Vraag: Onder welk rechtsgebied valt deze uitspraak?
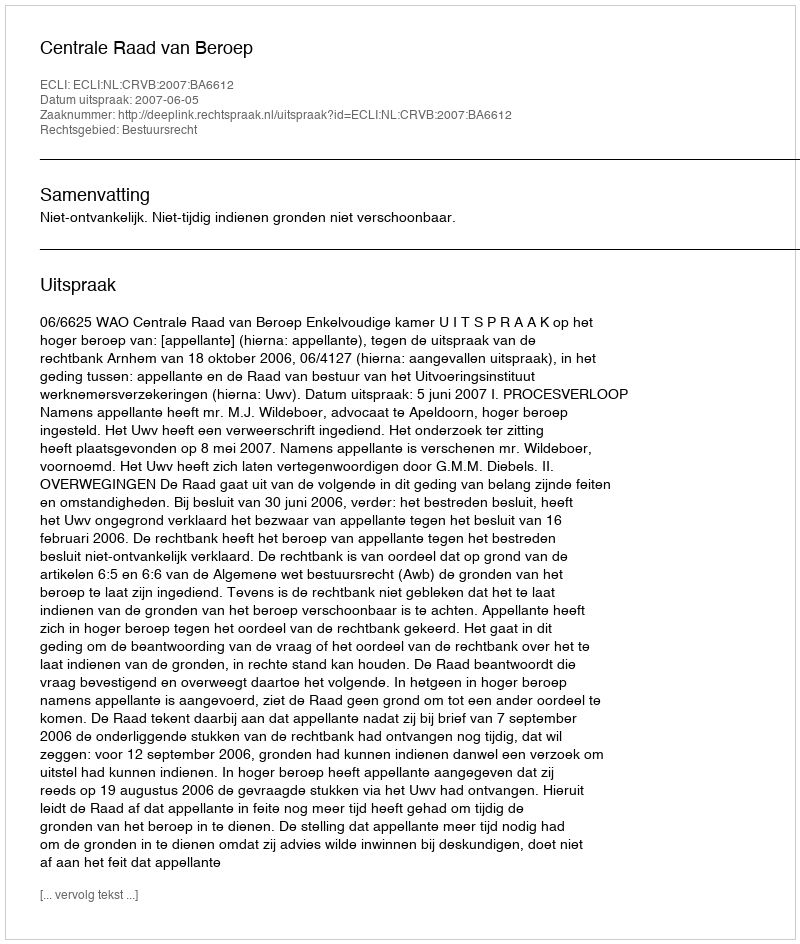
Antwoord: Bestuursrecht